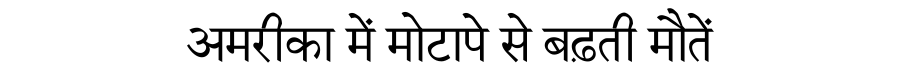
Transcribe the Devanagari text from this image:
अमरीका में मोटापे से बढ़ती मौतें